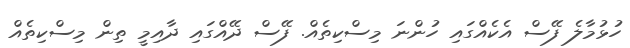
ހުޅުމާލެ ފޭސް އެކެއްގައި ހުންނަ މިސްކިތެއް. ފޭސް ދޭއްގައި ދާއިމީ ތިން މިސްކިތެއް